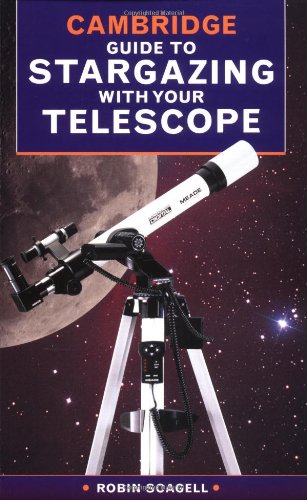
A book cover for The Cambridge Guide to Stargazing with your Telescope; Robin Scagell; Science & Math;